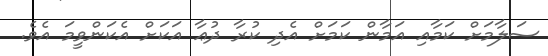
ސަލާމަށް ކަމާއި އަމާން ކަމަށް އެދި ކުރާ ދުޢާ އަކަށް އެކަންވީމަ އެވެ.